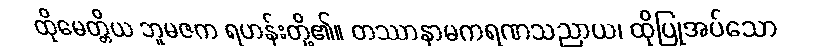
ထိုမေတ္တိယ ဘူမဇက ရဟန်းတို့၏။ တဿာနာမကရဏသညာယ၊ ထိုပြုအပ်သော